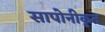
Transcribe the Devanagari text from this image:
सापोनीकृत